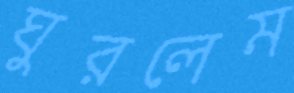
ঘুরলেম